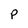
Character: P